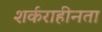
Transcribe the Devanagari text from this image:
शर्कराहीनता